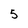
Character: 5